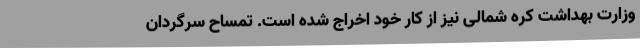
وزارت بهداشت کره شمالی نیز از کار خود اخراج شده است. تمساح سرگردان